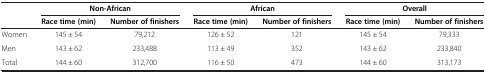
|  | <COLSPAN=2> Non-African | <COLSPAN=2> African | <COLSPAN=2> Overall |
 |  | Race time (min) | Number of finishers | Race time (min) | Number of finishers | Race time (min) | Number of finishers |
 | --- | --- | --- | --- | --- | --- | --- |
 | Women | 145 ± 54 | 79,212 | 126 ± 52 | 121 | 145 ± 54 | 79,333 |
 | Men | 143 ± 62 | 233,488 | 113 ± 49 | 352 | 143 ± 62 | 233,840 |
 | Total | 144 ± 60 | 312,700 | 116 ± 50 | 473 | 144 ± 60 | 313,173 |